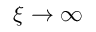
\xi \rightarrow \infty